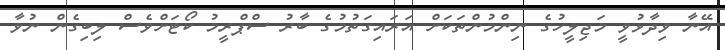
އޭނާ ވިދާޅުވީ މަޖިލީހުގެ ނިންމުންތަކަށް އަރައިގަތުމުގެ ބާރު ސްޕްރީމު ކޯޓަށްވެސް ލިބިގެން ނުވާ